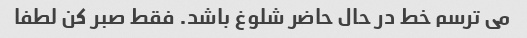
می ترسم خط در حال حاضر شلوغ باشد. فقط صبر کن لطفا